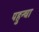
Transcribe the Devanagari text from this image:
पहुन्चा